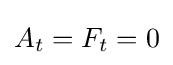
A_{t}=F_{t}=0